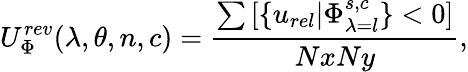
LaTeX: U_{\Phi}^{rev}(\lambda,\theta,n,c)=\frac{\sum{}{}[\{ u_{rel}\vert\Phi_{\lambda=l}^{s,c}\} <0]}{NxNy},